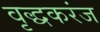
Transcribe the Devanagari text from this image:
वृद्धकरंज